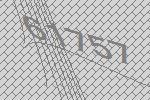
61757